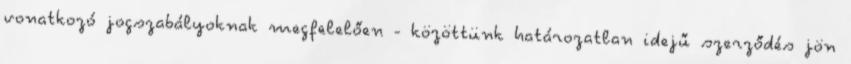
vonatkozó jogszabályoknak megfelelően - közöttünk határozatlan idejű szerződés jön